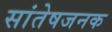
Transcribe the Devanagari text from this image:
सांतेषजनक